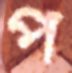
প